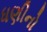
ધણીનો